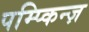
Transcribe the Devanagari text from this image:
पम्प्किन्ज़